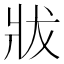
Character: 𤕳